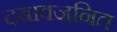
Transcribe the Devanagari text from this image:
दबावजनित